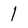
Character: 1